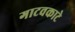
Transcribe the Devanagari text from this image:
गाटवकाटे